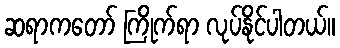
ဆရာကတော် ကြိုက်ရာ လုပ်နိုင်ပါတယ်။